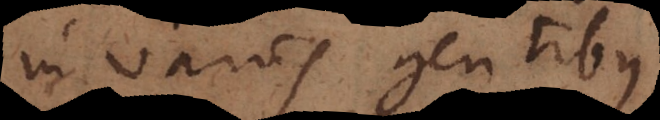
in variis gentibus